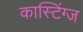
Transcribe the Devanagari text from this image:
कास्टिंग्ज